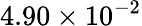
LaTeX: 4.90\times 10^{-2}